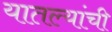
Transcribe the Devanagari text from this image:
यातल्यांची